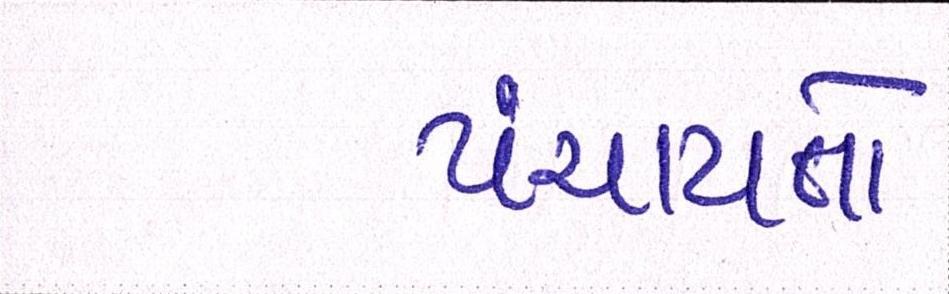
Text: પંચાયતો